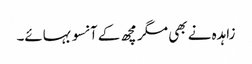
زاہدہ نے بھی مگر مچھ کے آنسو بہائے۔